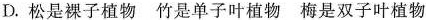
D.松是裸子植物 竹是单子叶植物 梅是双子叶植物